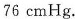
76cmHg.